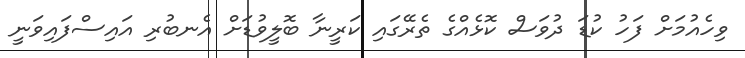
ވިހެއުމަށް ފަހު ކުޑަ ދުވަސް ކޮޅެއްގެ ތެރޭގައި ކަރީނާ ބޮލީވުޑަށް އެނބުރި އައިސްފައިވަނީ